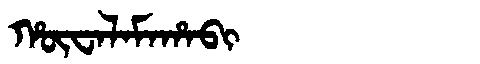
Manchu: ᡥᡡᠸᠠᠯᠠᠮᠠᡥᠠᠪᡳ
Romanization: HŪWALAMAHABI